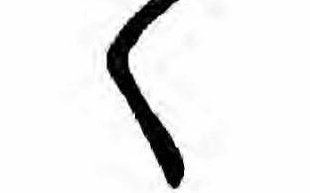
く